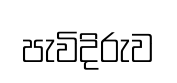
පැවිදිරුව